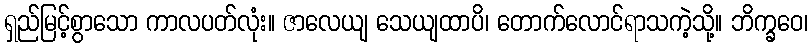
ရှည်မြင့်စွာသော ကာလပတ်လုံး။ ဇာလေယျ သေယျထာပိ၊ တောက်လောင်ရာသကဲ့သို့။ ဘိက္ခဝေ၊